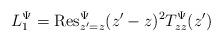
LaTeX: \begin{align*}L_1^{\Psi}={\rm Res}_{z^{\prime}=z}^{\Psi}(z^{\prime}-z)^2T_{zz}^{\Psi}(z^{\prime})\end{align*}